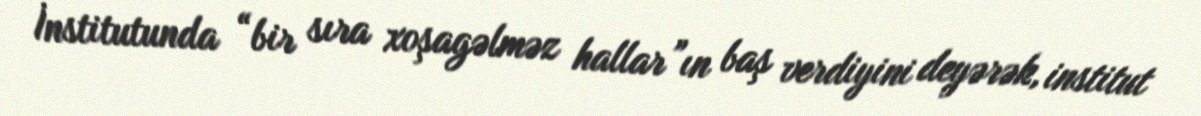
İnstitutunda “bir sıra xoşagəlməz hallar”ın baş verdiyini deyərək, institut